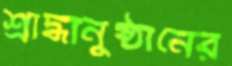
শ্রাদ্ধানুষ্ঠানের